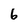
Character: 6